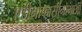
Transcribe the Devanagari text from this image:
एडीनोकार्सीनोमाओं